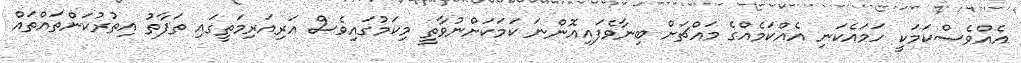
އެއްވެސްކަމަކީ ހަމައެކަނި އެއްކަމެއްގެ މައްޗަށް ބިނާވެފައިއޮންނަ ކަމަކަށްނުވާތީ މިކަމުގައިވެސް އަރިއަރިމަތީގައި ތަފާތު އިތުރުކަންތައްތައް